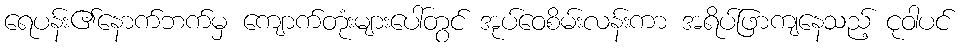
ရေပန်း၏နောက်ဘက်မှ ကျောက်တုံးများပေါ်တွင် အုပ်ဝေစိမ်းလန်းကာ အရိပ်ဖြာကျနေသည့် ငုဝါပင်